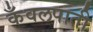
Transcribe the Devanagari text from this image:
कँवलपाती